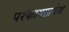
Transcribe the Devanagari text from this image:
परकायाप्रवेश